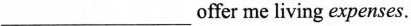
___ offer me living expenses.